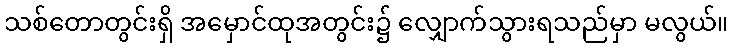
သစ်တောတွင်းရှိ အမှောင်ထုအတွင်း၌ လျှောက်သွားရသည်မှာ မလွယ်။